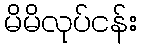
မိမိလုပ်ငန်း